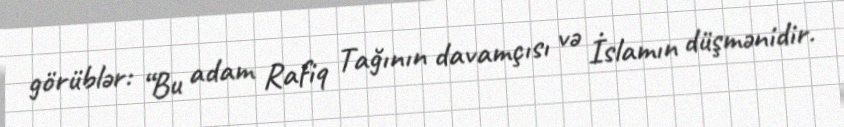
görüblər: “Bu adam Rafiq Tağının davamçısı və İslamın düşmənidir.